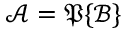
{ \mathcal { A } } = { \mathfrak { P } } \{ { \mathcal { B } } \}